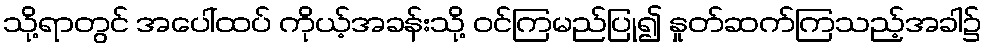
သို့ရာတွင် အပေါ်ထပ် ကိုယ့်အခန်းသို့ ဝင်ကြမည်ပြု၍ နှုတ်ဆက်ကြသည့်အခါ၌